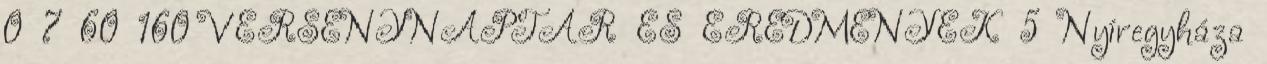
0 7 60 160 VERSENYNAPTÁR ÉS EREDMÉNYEK 5 Nyíregyháza